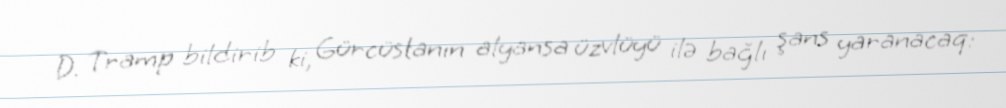
D. Tramp bildirib ki, Gürcüstanın alyansa üzvlüyü ilə bağlı şans yaranacaq: